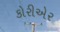
કોરીએર